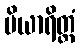
ပိယာရိတ္တံ